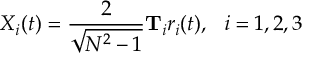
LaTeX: X _ { i } ( t ) = \frac { 2 } { \sqrt { N ^ { 2 } - 1 } } \mathbf { T } _ { i } r _ { i } ( t ) , \ \ i = 1 , 2 , 3